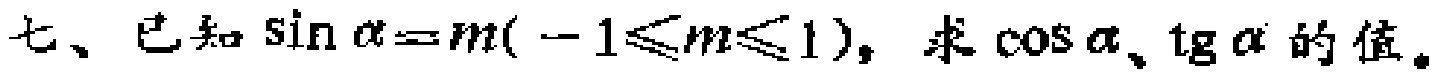
七、已知\(\sin\alpha = m(-1\leqslant m\leqslant 1)\)，求\(\cos\alpha\)、\(\operatorname{tg}\alpha\)的值。